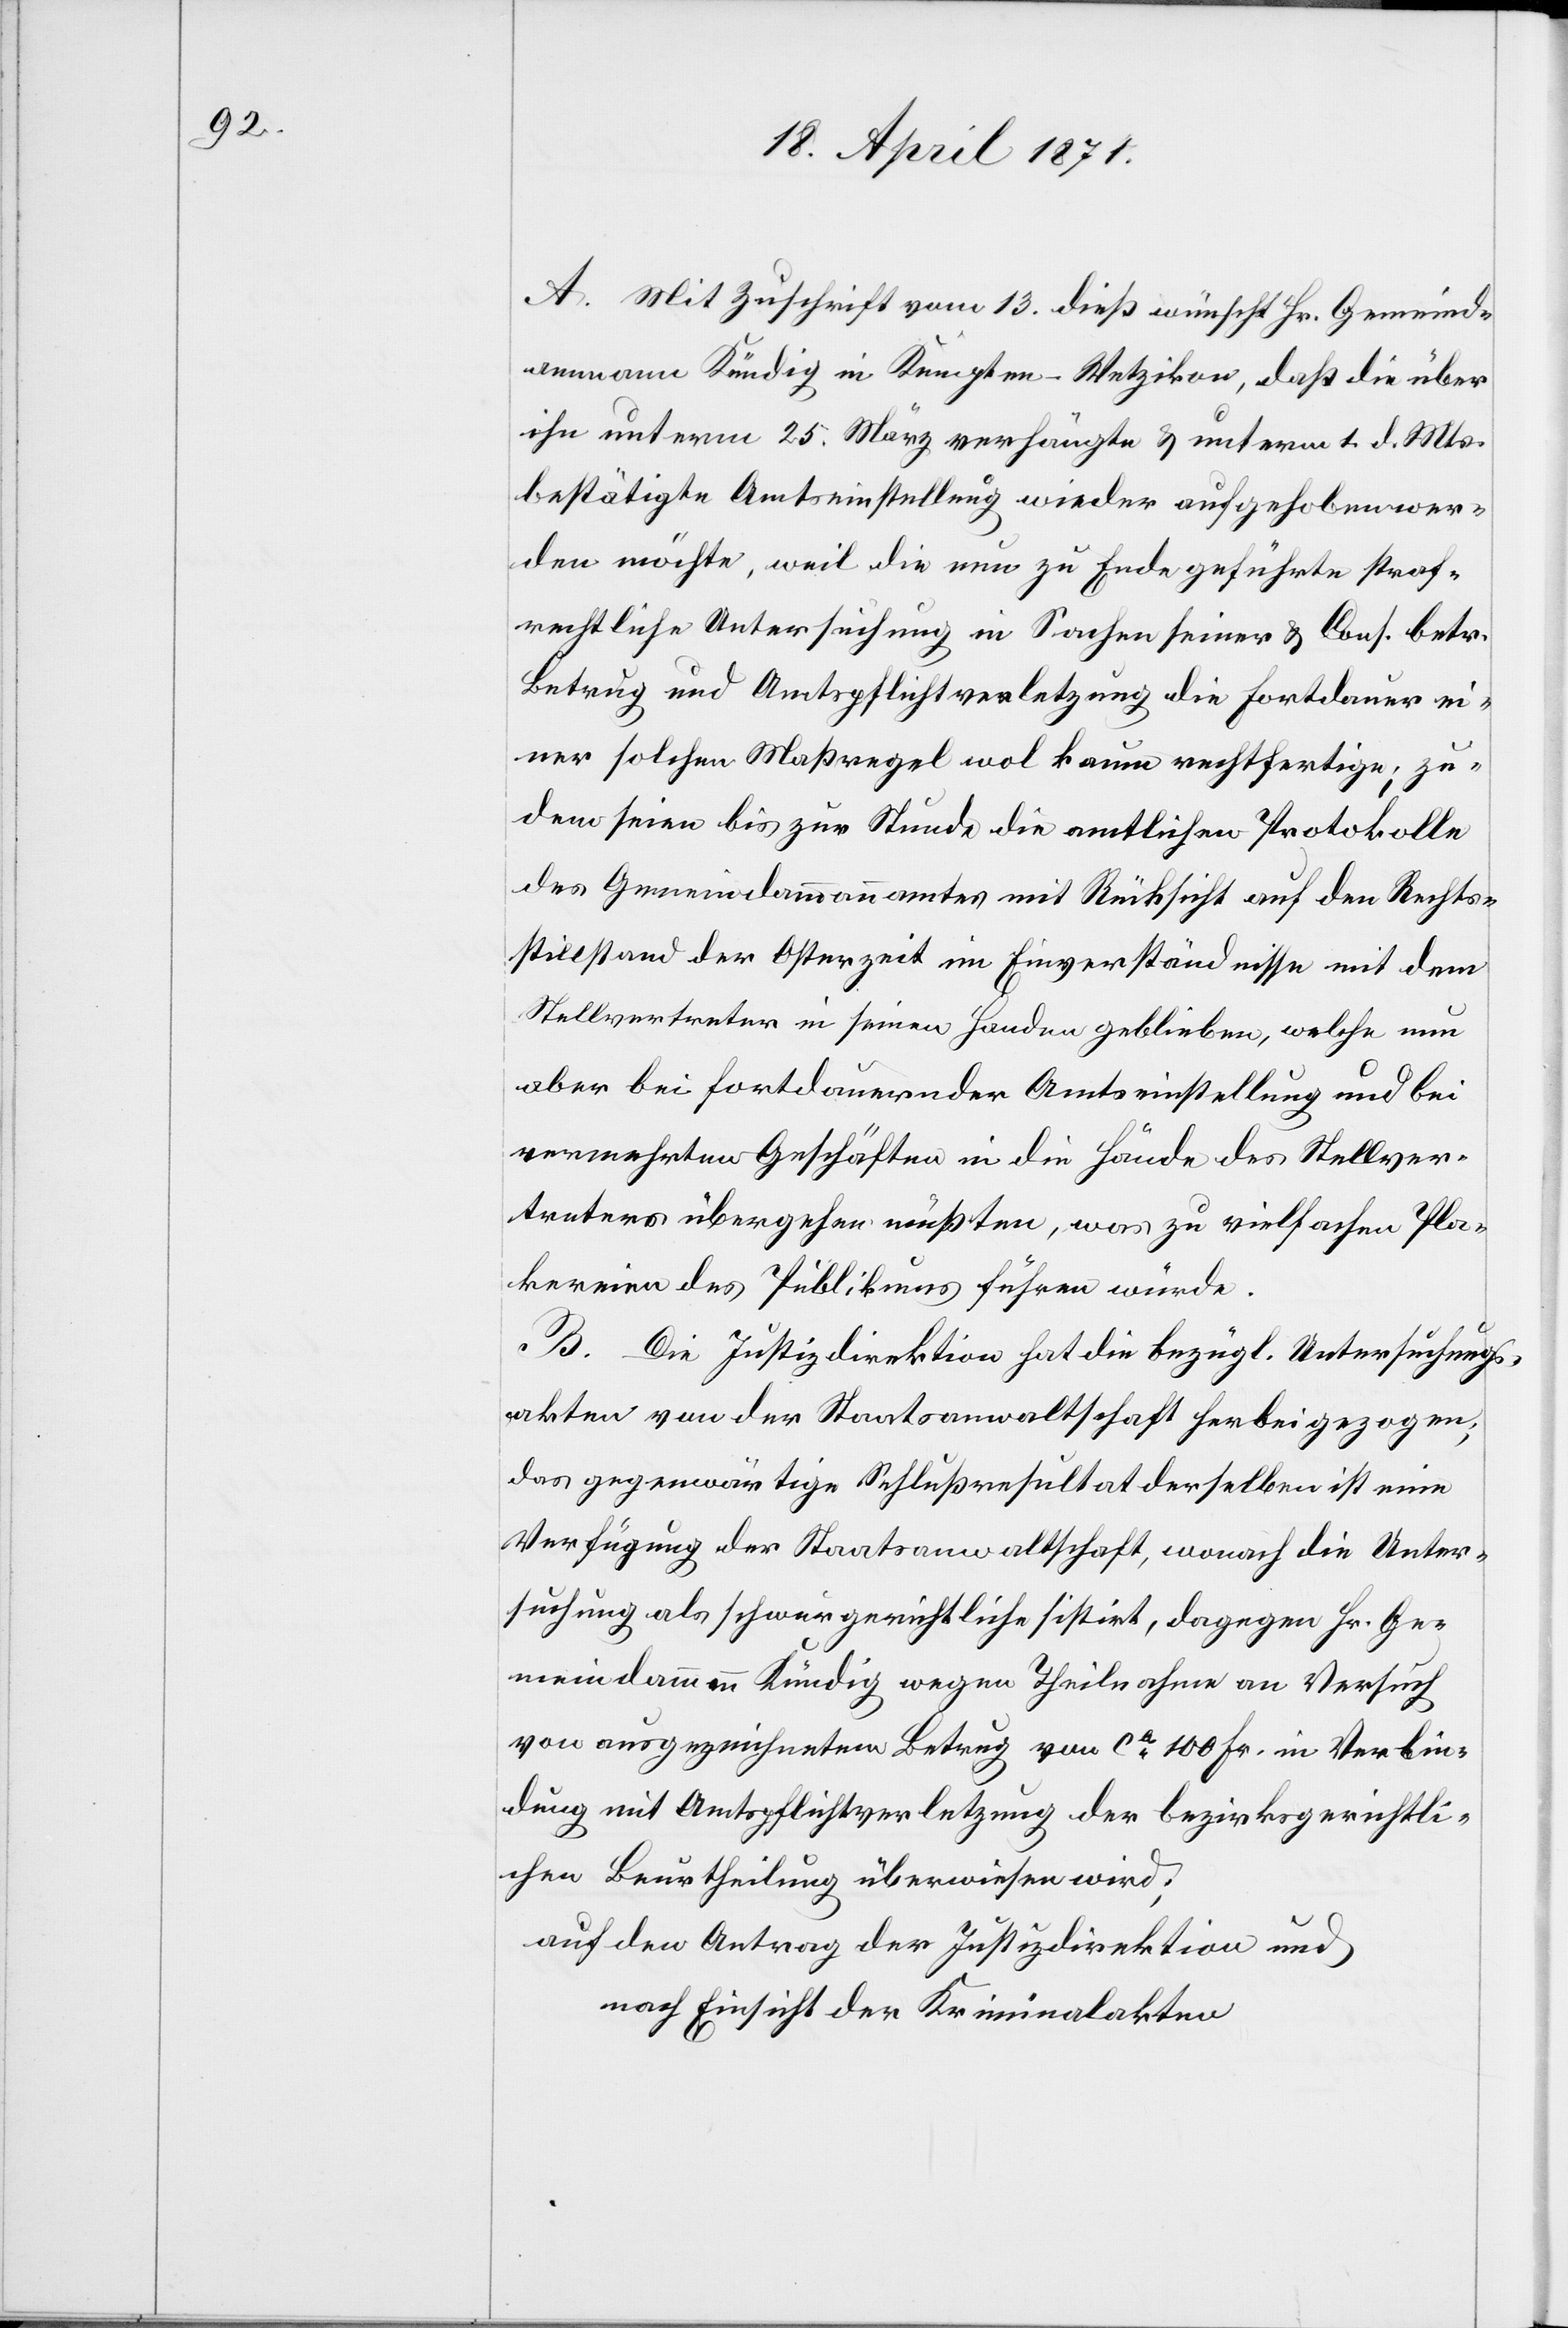
A. Mit Zuschrift vom 13. dieß wünscht Hr. Gemeind¬
ammann Kündig in Kempten-Wetzikon, daß die über
ihn unterm 25. März verhängte u. unterm 1. d. Mts.
bestätigte Amtseinstellung wieder aufgehoben wer¬
den möchte, weil die nun zu Ende geführte straf¬
rechtliche Untersuchung in Sachen seiner u. Cons. betr.
Betrug und Amtspflichtverletzung die Fortdauer ei¬
ner solchen Maßregel wol kaum rechtfertige; zu¬
dem seien bis zur Stunde die amtlichen Protokolle
des Gemeindammannamtes mit Rücksicht auf den Rechts¬
stillstand der Osterzeit im Einverständnisse mit dem
Stellvertreter in seinen Handen geblieben, welche nun
aber bei fortdauernder Amtseinstellung und bei
vermehrten Geschäften in die Hände des Stellver¬
treters übergehen müßten, was zu vielfachen Pla¬
kereien des Publikums führen würde.
B. Die Justizdirektion hat die bezügl. Untersuchungs¬
akten von der Staatsanwaltschaft herbeigezogen;
das gegenwärtige Schlußresultat derselben ist eine
Verfügung der Staatsanwaltschaft, wonach die Unter¬
suchung als schwergerichtliche sistirt, dagegen Hr. Ge¬
meindammann Kündig wegen Theilnahme an Versuch
von ausgezeichnetem Betrug von ca. 100 Fr. in Verbin¬
dung mit Amtspflichtverletzung der bezirksgerichtli¬
chen Beurtheilung überwiesen wird;
auf den Antrag der Justizdirektion und
nach Einsicht der Kriminalakten